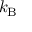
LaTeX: k _ { \mathrm { B } }